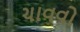
ચાવવો